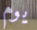
يوم